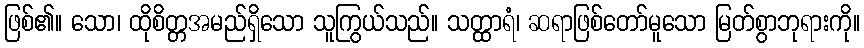
ဖြစ်၏။ သော၊ ထိုစိတ္တအမည်ရှိသော သူကြွယ်သည်။ သတ္ထာရံ၊ ဆရာဖြစ်တော်မူသော မြတ်စွာဘုရားကို။